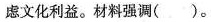
虑文化利益。材料强调()。